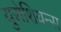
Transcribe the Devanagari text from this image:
युरोशियन्स